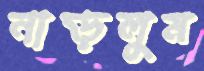
নাড়লুম